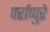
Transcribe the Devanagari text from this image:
पर्राप्पुरे